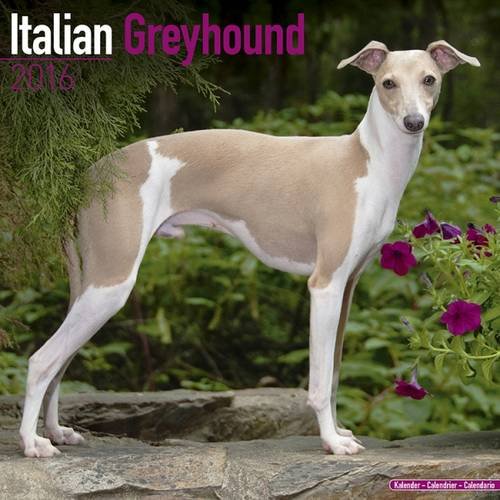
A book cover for Italian Greyhound Calendar - Breed Specific Italian Greyhound Calendar - 2016 Wall calendars - Dog Calendars - Monthly Wall Calendar by Avonside; MegaCalendars; Calendars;